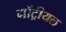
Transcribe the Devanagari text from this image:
मोंट्रीयल